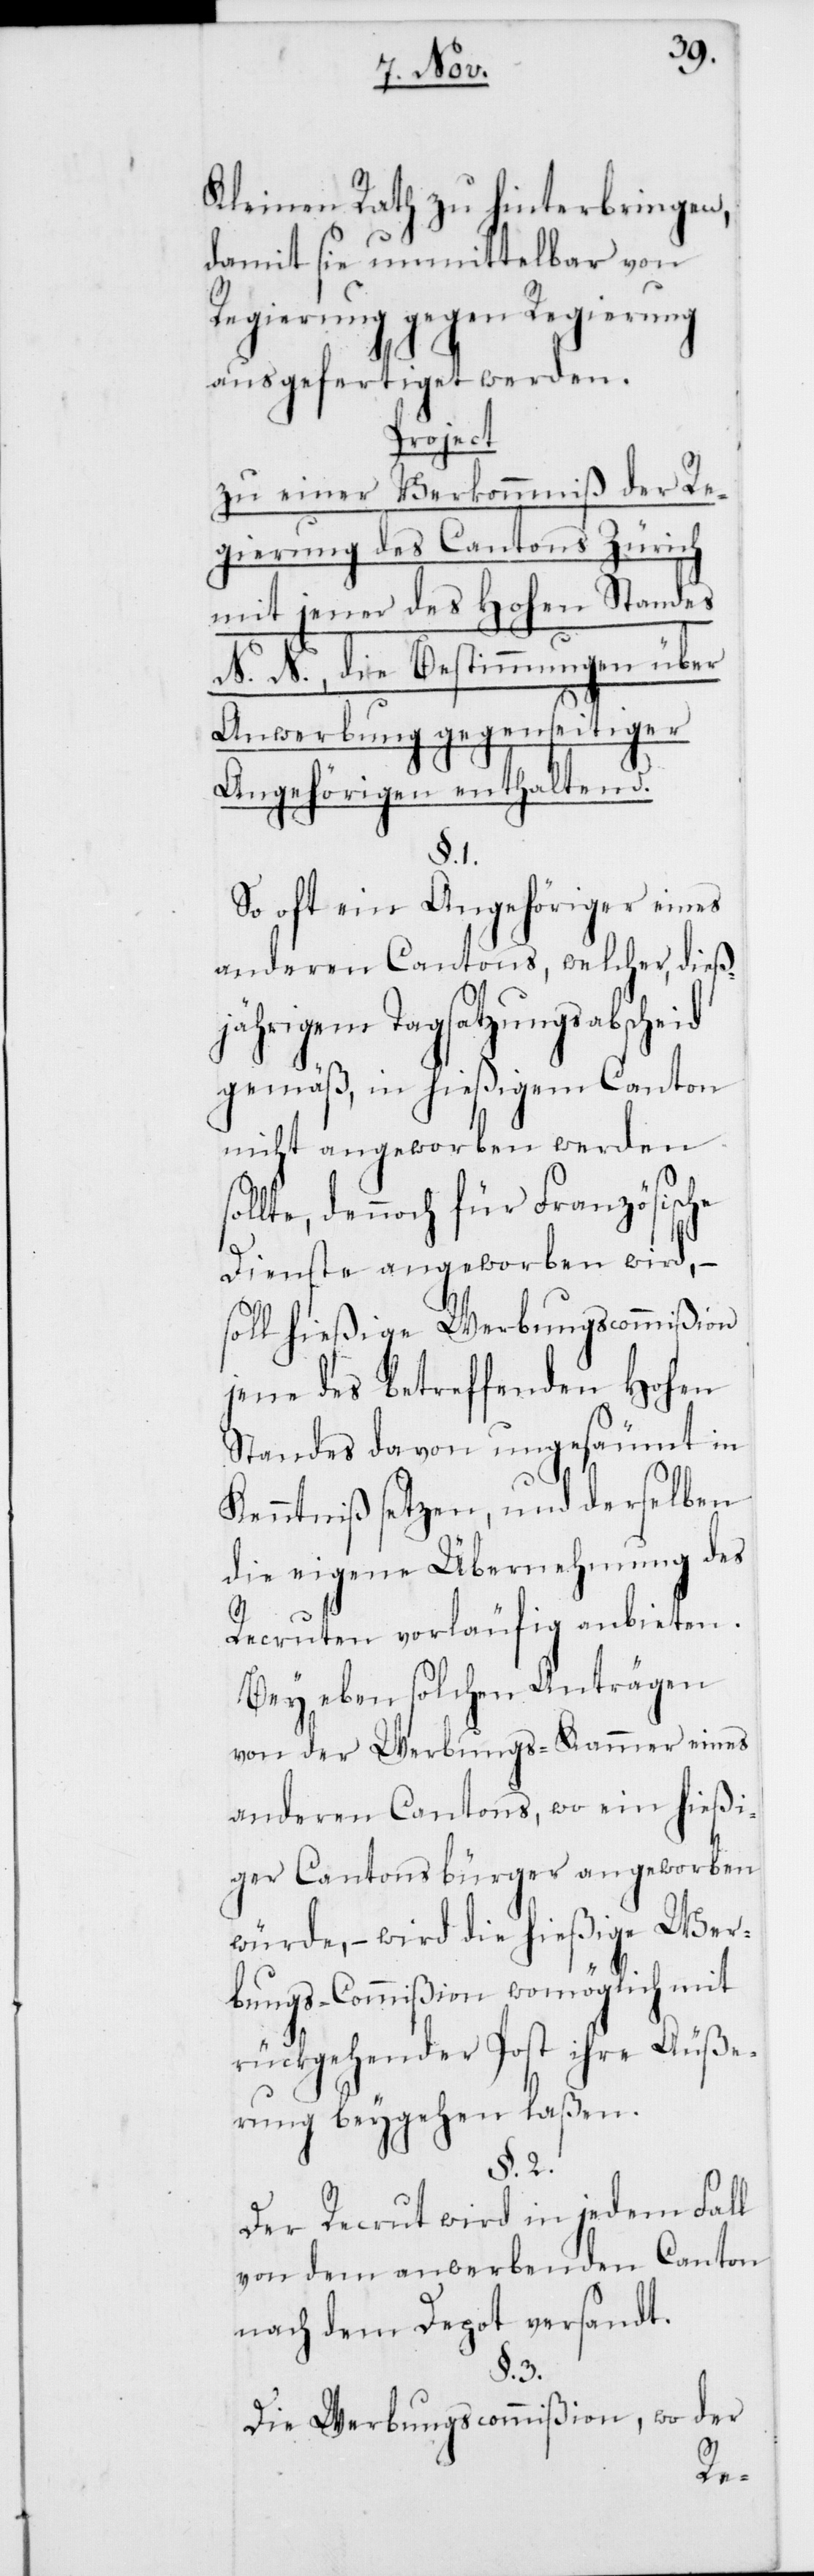
Kleinen Rath zu hinterbringen,
damit sie unmittelbar von
Regierung gegen Regierung
ausgefertiget werden.
Project
zu einer Verkommniß der Re¬
gierung des Cantons Zürich
mit jener des Hohen Standes
N. N., die Bestimmungen über
Anwerbung gegenseitiger
Angehörigen enthaltend.
§. 1.
So oft ein Angehöriger eines
anderen Cantons, welcher, dieß¬
jährigem Tagsatzungsabscheid
gemäß, in hießigem Canton
nicht angeworben werden
llte, dennoch für Französische
so¬
Dienste angeworben wird, –
soll hießige Werbungscommißion
jene des betreffenden Hohen
Standes davon ungesäumt in
Kenntniß setzen, und derselben
die eigene Übernehmung des
Recruten vorläufig anbieten.
Bey eben solchen Anträgen
von der Werbungs-Kammer eines
anderen Cantons, wo ein hießi¬
ger Cantonsbürger angeworben
würde, – wird die hießige Wer¬
bungs-Commißion womöglich mit
rückgehender Post ihre Äuße¬
rung beygehen laßen.
§. 2.
Der Recrut wird in jedem Fall
von dem anwerbenden Canton
nach dem Depot versandt.
§. 3.
Die Werbungscommißion, wo der